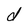
Character: d